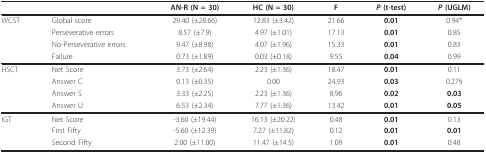
<table><thead><tr><td></td><td></td><td><b>AN-R (N = 30)</b></td><td><b>HC (N = 30)</b></td><td><b>F</b></td><td><b><i>P </i>(t-test)</b></td><td><b><i>P </i>(UGLM)</b></td></tr></thead><tbody><tr><td>WCST</td><td>Global score</td><td>29.40 (±28.66)</td><td>12.83 (±3.42)</td><td>21.66</td><td><b>0.01</b></td><td>0.94*</td></tr><tr><td></td><td>Perseverative errors</td><td>8.57 (±7.9)</td><td>4.97 (±1.01)</td><td>17.13</td><td><b>0.01</b></td><td>0.85</td></tr><tr><td></td><td>No-Perseverative errors</td><td>9.47 (±8.98)</td><td>4.07 (±1.96)</td><td>15.33</td><td><b>0.01</b></td><td>0.83</td></tr><tr><td></td><td>Failure</td><td>0.73 (±1.89)</td><td>0.03 (±0.18)</td><td>9.55</td><td><b>0.04</b></td><td>0.99</td></tr><tr><td>HSCT</td><td>Net Score</td><td>3.73 (±2.64)</td><td>2.23 (±1.36)</td><td>18.47</td><td><b>0.01</b></td><td>0.11</td></tr><tr><td></td><td>Answer C</td><td>0.13 (±0.35)</td><td>0.00</td><td>24.93</td><td><b>0.03</b></td><td>0.27§</td></tr><tr><td></td><td>Answer S</td><td>3.33 (±2.25)</td><td>2.23 (±1.36)</td><td>8.96</td><td><b>0.02</b></td><td><b>0.03</b></td></tr><tr><td></td><td>Answer U</td><td>6.53 (±2.34)</td><td>7.77 (±1.36)</td><td>13.42</td><td><b>0.01</b></td><td><b>0.05</b></td></tr><tr><td>IGT</td><td>Net Score</td><td>-3.60 (±19.44)</td><td>16.13 (±20.22)</td><td>0.48</td><td><b>0.01</b></td><td>0.13</td></tr><tr><td></td><td>First Fifty</td><td>-5.60 (±12.39)</td><td>7.27 (±11.82)</td><td>0.12</td><td><b>0.01</b></td><td><b>0.01</b></td></tr><tr><td></td><td>Second Fifty</td><td>2.00 (±11.00)</td><td>11.47 (±14.5)</td><td>1.09</td><td><b>0.01</b></td><td>0.48</td></tr></tbody></table>